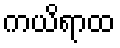
ကယိရာထ